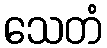
သေတံ